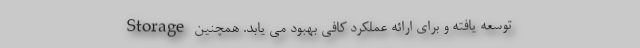
Storage توسعه یافته و برای ارائه عملکرد کافی بهبود می یابد. همچنین